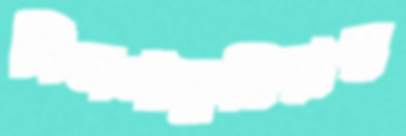
বিলপাকুরিয়ার